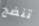
تنضج